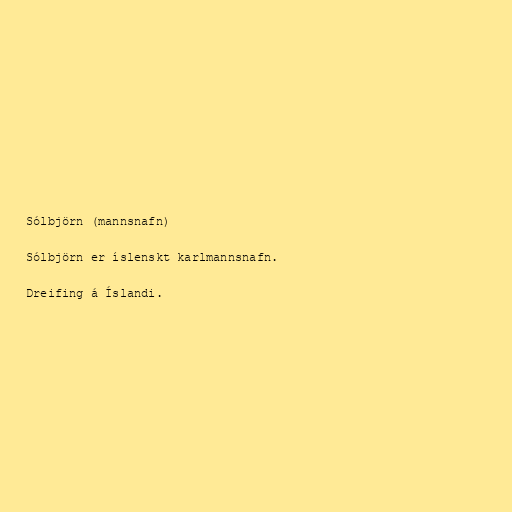
Sólbjörn (mannsnafn)

Sólbjörn er íslenskt karlmannsnafn.

Dreifing á Íslandi.